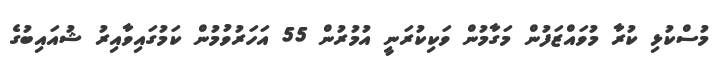
މުސްކުޅި ކުރާ މުވައްޒަފުން މަގާމުން ވަކިކުރަނީ އުމުރުން 55 އަަހަރުވުމުން ކަމުގައިވާއިރު ޝުއައިބުގެ